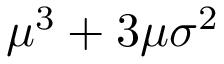
\mu ^ { 3 } + 3 \mu \sigma ^ { 2 }